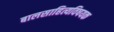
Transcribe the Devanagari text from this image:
बालसाहित्यविषयक